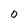
Character: 0